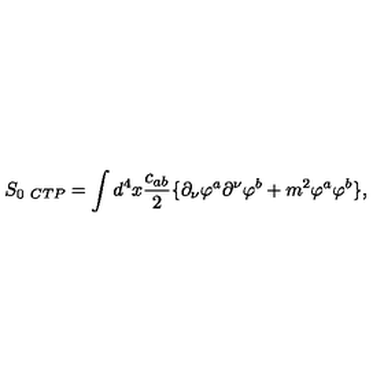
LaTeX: S _ { 0 \ C T P } = \int d ^ { 4 } x \frac { c _ { a b } } { 2 } \{ \partial _ { \nu } \varphi ^ { a } \partial ^ { \nu } \varphi ^ { b } + m ^ { 2 } \varphi ^ { a } \varphi ^ { b } \} ,